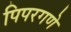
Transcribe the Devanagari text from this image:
पिपरगणे